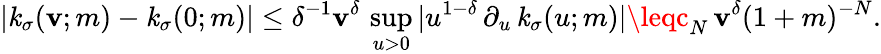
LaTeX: |\mathit{k}_{\sigma}(\mathbf{v};m)-\mathit{k}_{\sigma}(0;m)|\leq\delta^{-1}\mathbf{v}^{\delta}\, \operatorname*{sup}_{u>0}|u^{1-\delta}\, \partial_{u}\, \mathit{k}_{\sigma}(u;m)|\leqc_{N}\, \mathbf{v}^{\delta}(1+m)^{-N}.